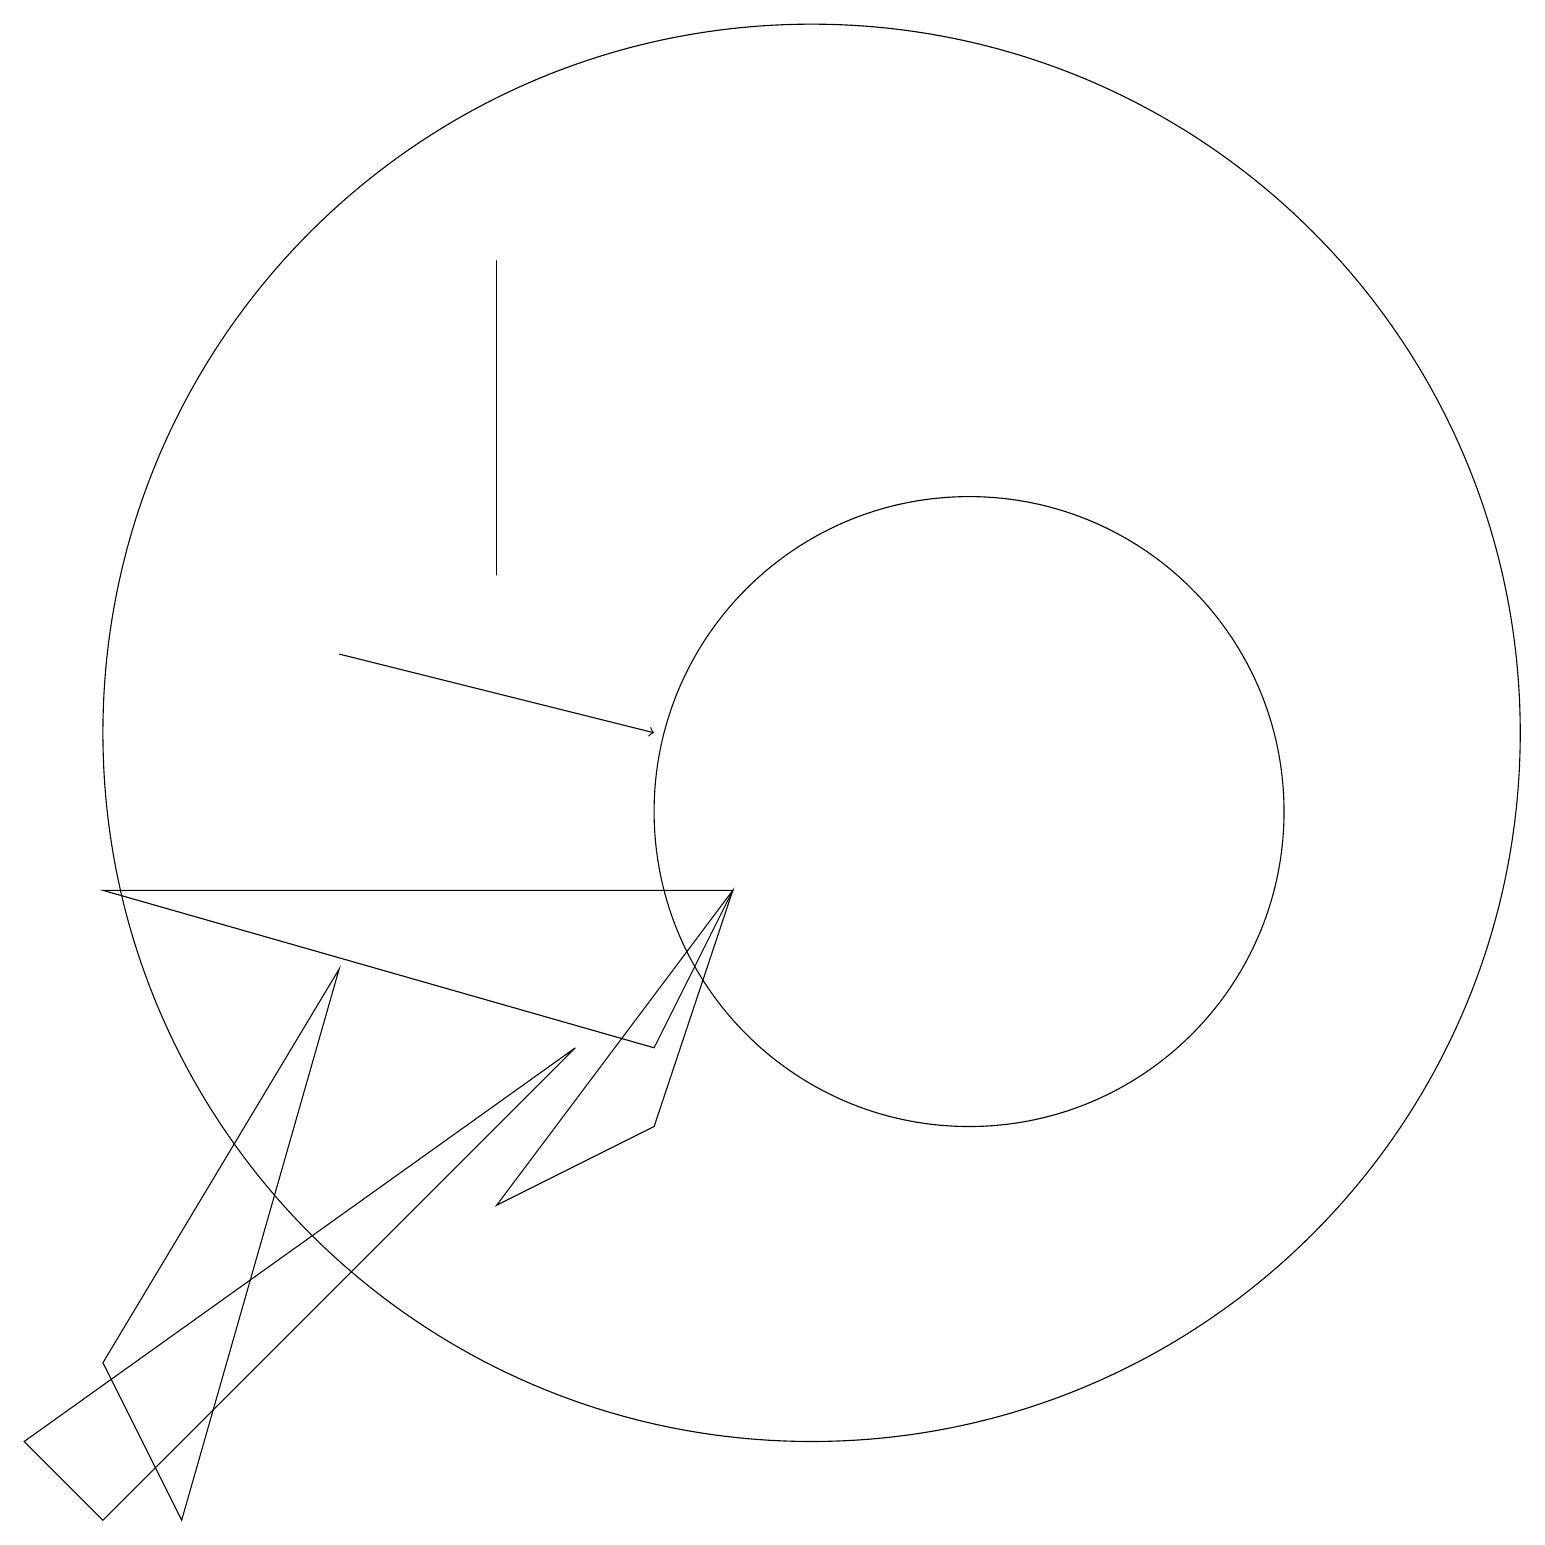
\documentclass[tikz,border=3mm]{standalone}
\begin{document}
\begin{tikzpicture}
\draw (12,10) circle (4);
\draw (1,9) -- (8,7) -- (9,9) -- cycle;
\draw (0,2) -- (7,7) -- (1,1) -- cycle;
\draw (10,11) circle (9);
\draw (6,13) rectangle (6,17);
\draw (9,9) -- (6,5) -- (8,6) -- cycle;
\draw[->] (4,12) -- (8,11);
\draw (1,3) -- (2,1) -- (4,8) -- cycle;
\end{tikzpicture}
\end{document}